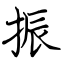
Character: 振